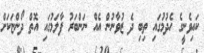
ކައިވެނީގެ ހެދުމުގައި ތިބި ދެ ޒުވާނުން އެއް ނަންބަރު ފާލަމުގައި އޮތް ދޯންޏަކަށް